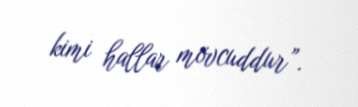
kimi hallar mövcuddur”.